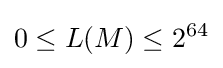
0\leq L(M)\leq 2^{64}